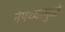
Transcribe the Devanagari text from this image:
नेपथ्यामुळे